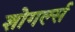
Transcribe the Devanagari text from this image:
शोगर्ल्स